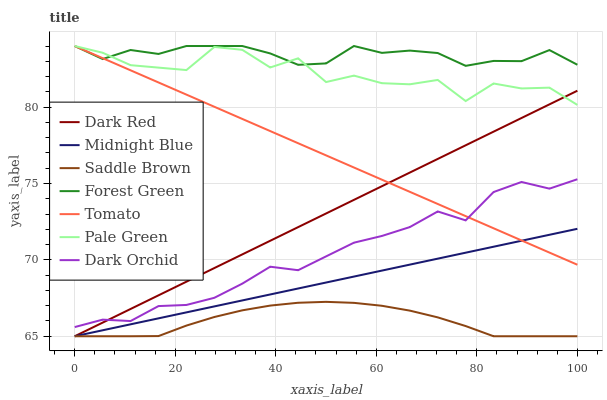
| xaxis_label | Dark Red | Midnight Blue | Saddle Brown | Forest Green | Tomato | Pale Green | Dark Orchid |
 | --- | --- | --- | --- | --- | --- | --- | --- |
 | 0 | 65 | 65 | 65 | 84 | 84 | 84 | 65.6 |
 | 5.56 | 65.9 | 65.4 | 65 | 83.1 | 83.2 | 83.6 | 66.1 |
 | 11.1 | 66.8 | 65.8 | 65 | 83.7 | 82.4 | 82.7 | 66 |
 | 16.7 | 67.7 | 66.2 | 65 | 83.5 | 81.6 | 82.6 | 67 |
 | 22.2 | 68.6 | 66.6 | 65.7 | 84 | 80.8 | 82.4 | 67 |
 | 27.8 | 69.5 | 67 | 66.3 | 84 | 80 | 83.9 | 67.5 |
 | 33.3 | 70.4 | 67.3 | 66.7 | 84 | 79.2 | 83.8 | 68.4 |
 | 38.9 | 71.3 | 67.7 | 67 | 83.5 | 78.4 | 82.6 | 69.6 |
 | 44.4 | 72.1 | 68.1 | 67.2 | 82.8 | 77.6 | 83.2 | 69.3 |
 | 50 | 73 | 68.5 | 67.3 | 82.9 | 76.8 | 81.6 | 70.2 |
 | 55.6 | 73.9 | 68.9 | 67.2 | 84 | 76 | 82.1 | 71.1 |
 | 61.1 | 74.8 | 69.3 | 67 | 83.6 | 75.2 | 81.6 | 71.6 |
 | 66.7 | 75.7 | 69.7 | 66.7 | 83.7 | 74.5 | 81.5 | 72.1 |
 | 72.2 | 76.6 | 70.1 | 66.2 | 83.5 | 73.7 | 81.8 | 73.2 |
 | 77.8 | 77.5 | 70.5 | 65.7 | 82.7 | 72.9 | 80.4 | 72.6 |
 | 83.3 | 78.4 | 70.9 | 65 | 83 | 72.1 | 81.5 | 74.4 |
 | 88.9 | 79.3 | 71.3 | 65 | 83 | 71.3 | 81.2 | 75.1 |
 | 94.4 | 80.2 | 71.6 | 65 | 83.7 | 70.5 | 81.3 | 74.7 |
 | 100 | 81.1 | 72 | 65 | 82.8 | 69.7 | 80.1 | 75.3 |